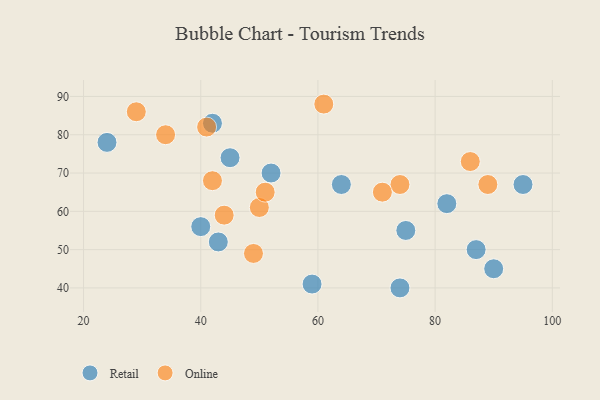
{"axis": {"x": "GDP", "y": "Life Expectancy"}, "legend": ["Online", "Retail"], "data": [{"x": "59", "y": 41, "type": "Retail"}, {"x": "90", "y": 45, "type": "Retail"}, {"x": "52", "y": 70, "type": "Retail"}, {"x": "40", "y": 56, "type": "Retail"}, {"x": "45", "y": 74, "type": "Retail"}, {"x": "64", "y": 67, "type": "Retail"}, {"x": "82", "y": 62, "type": "Retail"}, {"x": "43", "y": 52, "type": "Retail"}, {"x": "74", "y": 40, "type": "Retail"}, {"x": "87", "y": 50, "type": "Retail"}, {"x": "24", "y": 78, "type": "Retail"}, {"x": "75", "y": 55, "type": "Retail"}, {"x": "95", "y": 67, "type": "Retail"}, {"x": "42", "y": 83, "type": "Retail"}, {"x": "50", "y": 61, "type": "Online"}, {"x": "61", "y": 88, "type": "Online"}, {"x": "51", "y": 65, "type": "Online"}, {"x": "74", "y": 67, "type": "Online"}, {"x": "71", "y": 65, "type": "Online"}, {"x": "44", "y": 59, "type": "Online"}, {"x": "49", "y": 49, "type": "Online"}, {"x": "42", "y": 68, "type": "Online"}, {"x": "29", "y": 86, "type": "Online"}, {"x": "89", "y": 67, "type": "Online"}, {"x": "34", "y": 80, "type": "Online"}, {"x": "41", "y": 82, "type": "Online"}, {"x": "86", "y": 73, "type": "Online"}]}